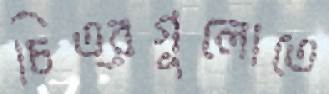
চিত্রগুলোতে